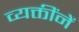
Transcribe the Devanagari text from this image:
व्यक्तींनें